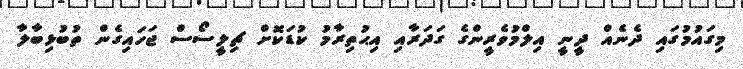
މިގައުމުގައި ދެނެއް ދީނީ އިލްމުވެރީންގެ ގަދަރާއި އިޙުތިރާމު ކުޑަކޮށް ޗިލީސޯސް ޖަހައިގެން ތުބުޅިބާލާ